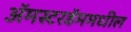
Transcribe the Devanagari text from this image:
अॅमस्टरडॅममधील